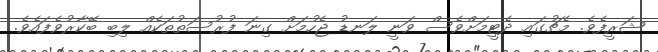
ޝަރީފެވެ. މެޗުގައި ދެޓީމަށްވެސް ވަނީ ލަނޑު ޖެހުމަށް ގިނަ ފުރުސަތުތަކެއް ލިބި ބޭކާރުވެފައެވެ.